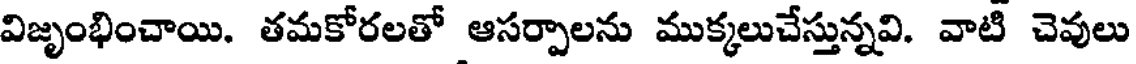
విజృంభించాయి. తమకోరలతో ఆసర్పాలను ముక్కలుచేస్తున్నవి. వాటి చెవులు